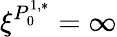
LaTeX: \xi^{P_{0}^{1,*}}=\infty